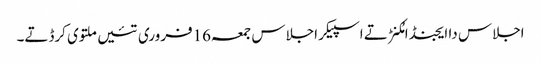
اجلاس دا ایجنڈا مُکنڑ تے اسپیکر اجلاس جمعہ16فروری تئیں ملتوی کرڈتے۔